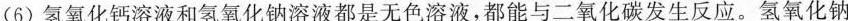
(6)氢氧化钙溶液和氢氧化钠溶液都是无色溶液，都能与二氧化碳发生反应。氢氧化钠